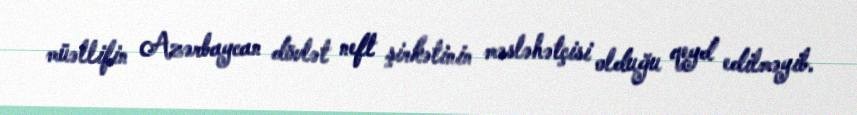
müəllifin Azərbaycan dövlət neft şirkətinin məsləhətçisi olduğu qeyd edilməyib.